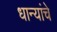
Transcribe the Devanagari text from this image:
धान्यांचे